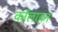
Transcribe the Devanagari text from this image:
कॉलाहन